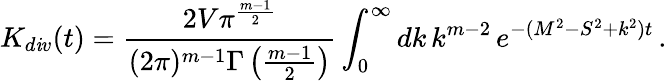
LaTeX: K_{d\mathit{i}v}(t)=\frac{{2V\pi^{\frac{{m-1}}{{2}}}}}{{(2\pi)^{m-1}\Gamma\left(\frac{{m-1}}{{2}}\right)}}\int_{0}^{\infty}dk\, k^{m-2}\, e^{-(M^{2}-S^{2}+k^{2})t}\, .